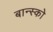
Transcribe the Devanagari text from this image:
बान्स्को